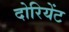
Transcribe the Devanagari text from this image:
दोरियेंट